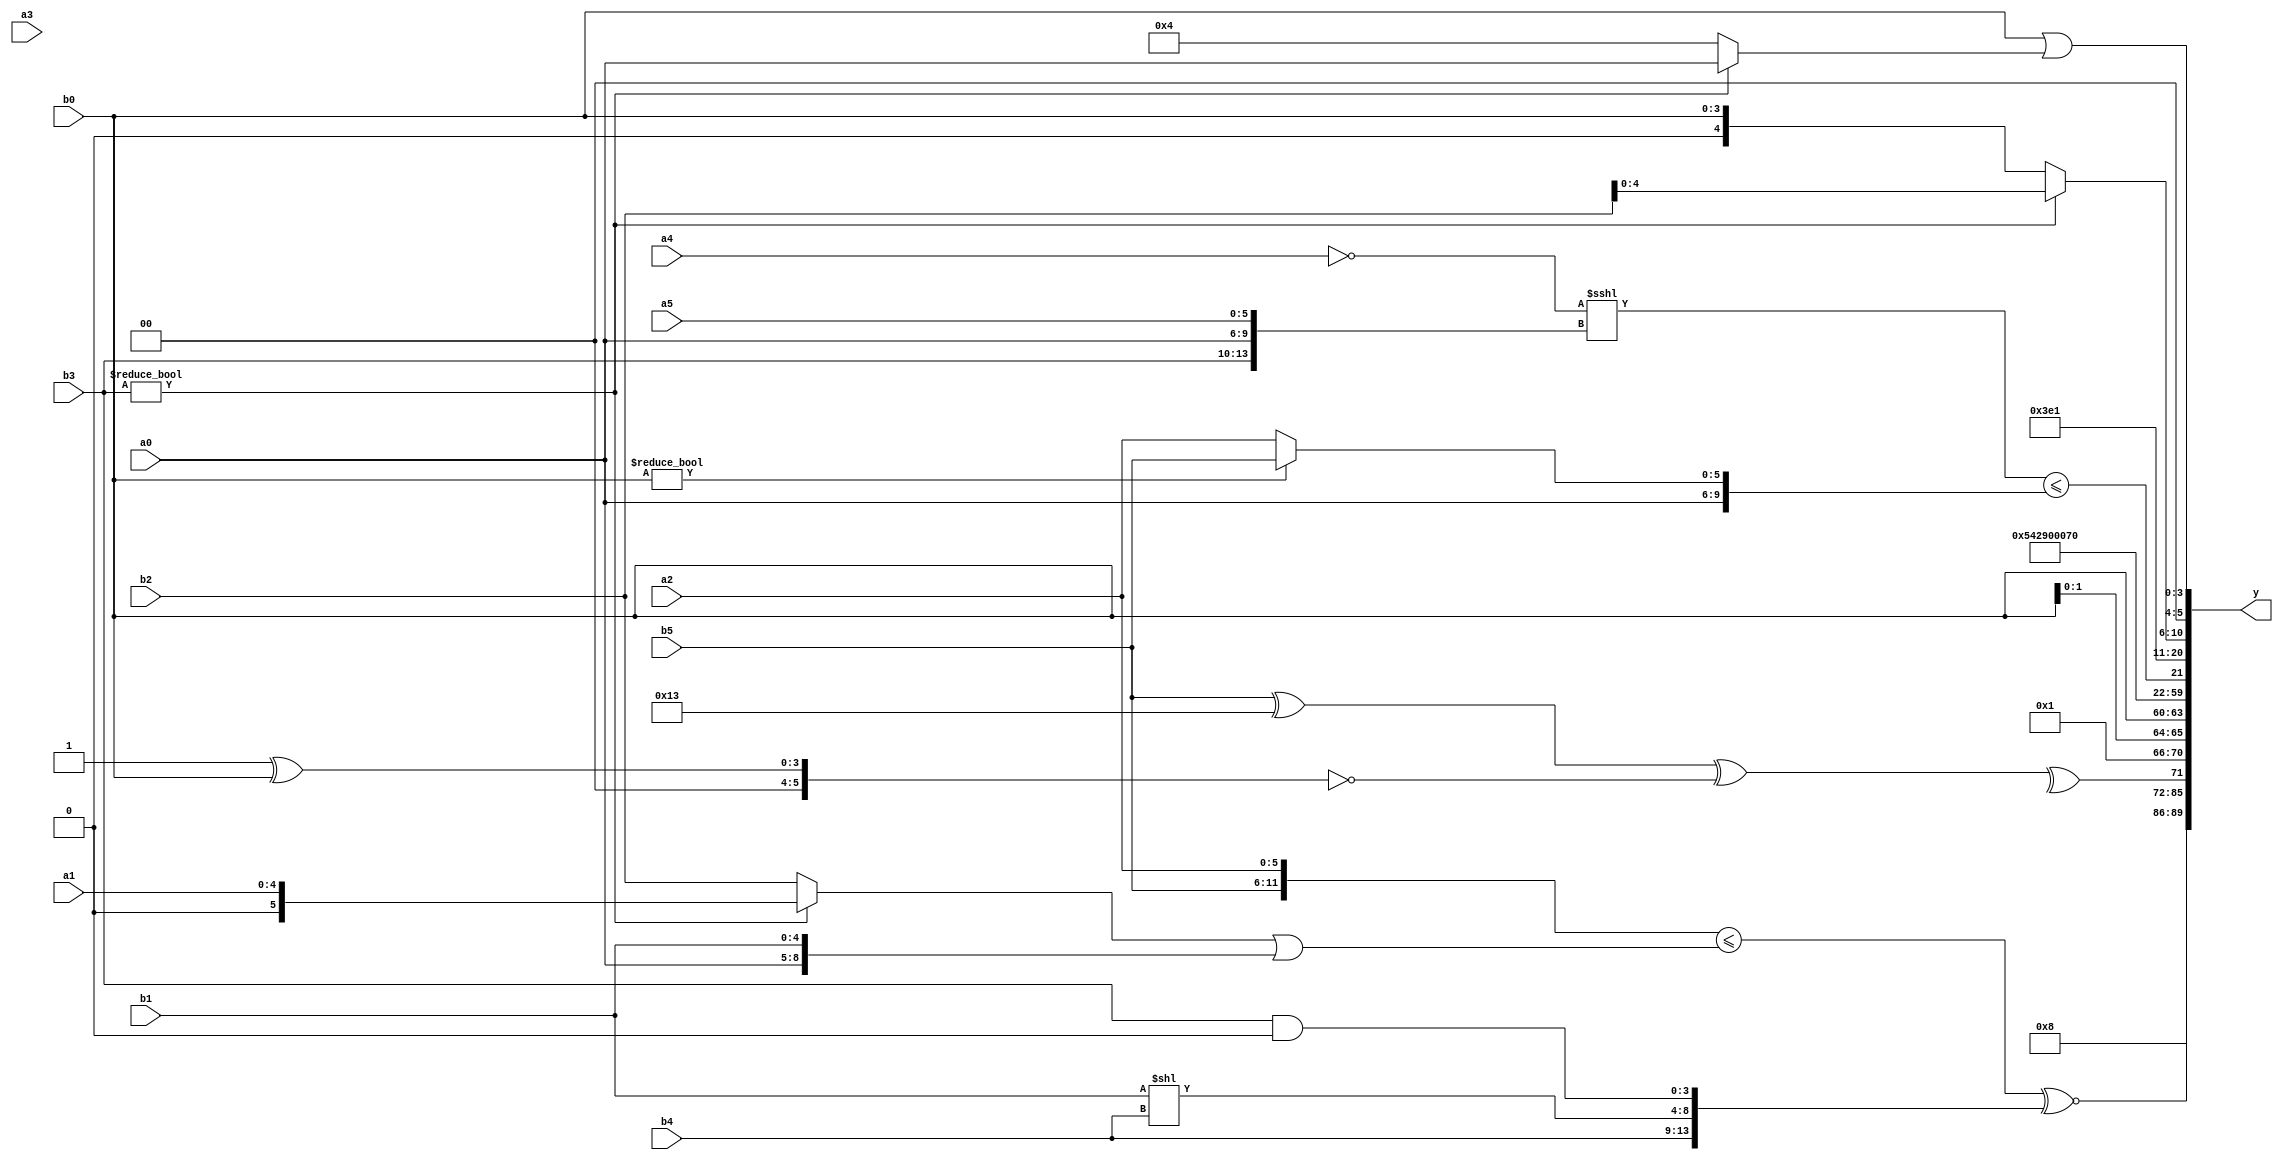
module expression_00608(a0, a1, a2, a3, a4, a5, b0, b1, b2, b3, b4, b5, y);
  input [3:0] a0;
  input [4:0] a1;
  input [5:0] a2;
  input signed [3:0] a3;
  input signed [4:0] a4;
  input signed [5:0] a5;

  input [3:0] b0;
  input [4:0] b1;
  input [5:0] b2;
  input signed [3:0] b3;
  input signed [4:0] b4;
  input signed [5:0] b5;

  wire [3:0] y0;
  wire [4:0] y1;
  wire [5:0] y2;
  wire signed [3:0] y3;
  wire signed [4:0] y4;
  wire signed [5:0] y5;
  wire [3:0] y6;
  wire [4:0] y7;
  wire [5:0] y8;
  wire signed [3:0] y9;
  wire signed [4:0] y10;
  wire signed [5:0] y11;
  wire [3:0] y12;
  wire [4:0] y13;
  wire [5:0] y14;
  wire signed [3:0] y15;
  wire signed [4:0] y16;
  wire signed [5:0] y17;

  output [89:0] y;
  assign y = {y0,y1,y2,y3,y4,y5,y6,y7,y8,y9,y10,y11,y12,y13,y14,y15,y16,y17};

  localparam [3:0] p0 = ((((-4'sd5)?(4'd15):(5'd13))!=={(-3'sd1),(4'sd2)})>=(4'd1));
  localparam [4:0] p1 = (&(~|{(~((5'sd6)>>>(-5'sd3))),(((5'sd12)?(2'sd1):(3'sd3))>=((4'd13)+(4'd10))),{(2'd2),(2'd2),(5'd31)}}));
  localparam [5:0] p2 = (((-5'sd9)+(5'd0))<<<((2'sd1)?(-5'sd8):(5'd26)));
  localparam signed [3:0] p3 = {1{((5'sd13)&((3'd1)&&(4'd7)))}};
  localparam signed [4:0] p4 = (((4'sd4)>=(4'sd2))<(4'd9));
  localparam signed [5:0] p5 = ((~&((3'd0)?(-5'sd10):(4'sd6)))?(|(4'd12)):{1{(~|(4'd3))}});
  localparam [3:0] p6 = {4{{{(2'd2),(3'sd3),(5'sd9)},{1{(2'd3)}}}}};
  localparam [4:0] p7 = ((-2'sd0)?(2'sd0):(5'd17));
  localparam [5:0] p8 = {{1{{3{((-2'sd1)<(3'd6))}}}},{{(4'd0),(2'd1),(3'd5)},(-(4'd6)),(!(4'd9))}};
  localparam signed [3:0] p9 = (-((5'd10)>>>(3'd5)));
  localparam signed [4:0] p10 = (((|(3'sd1))>>>((3'd5)<<<(-4'sd3)))===(5'd2 * ((5'd31)&(5'd10))));
  localparam signed [5:0] p11 = {1{{1{{{{((2'sd0)?(4'd9):(-5'sd7)),{(3'sd2),(3'd3)}}}}}}}};
  localparam [3:0] p12 = ((((2'd0)|(4'd6))==(3'sd2))<=((-5'sd12)===(2'd1)));
  localparam [4:0] p13 = ((^(3'd5))==={1{(3'd2)}});
  localparam [5:0] p14 = ((3'd1)?{(5'd21),(-4'sd7),(5'd30)}:{(4'd4)});
  localparam signed [3:0] p15 = ((((4'sd0)<<<(-4'sd4))^~((2'd3)>=(-5'sd7)))&({2{(4'sd4)}}&(4'd2 * (3'd3))));
  localparam signed [4:0] p16 = ((4'd2 * (5'd22))>={4{(2'sd1)}});
  localparam signed [5:0] p17 = (~^{(~|(~&((2'd0)===(4'd2)))),((-(3'd0))+((-2'sd0)>>>(-3'sd2)))});

  assign y0 = (({{1{b5}},(p12?a2:p14)}<=((b3?a1:b2)||{a0,b1}))^~{(p15?b4:b1),(b1<<b4),(b3&p9)});
  assign y1 = ({(p1!=p12),{p11}}?(&{3{p16}}):($unsigned((p4|p0))));
  assign y2 = (^(3'sd2));
  assign y3 = ((^({1{(b5^p11)}}^(!(p5^b0)))));
  assign y4 = (a0?p4:p12);
  assign y5 = {3{{4{{3{b0}}}}}};
  assign y6 = $unsigned((((p0+p13))));
  assign y7 = (4'd10);
  assign y8 = (3'd5);
  assign y9 = (3'sd2);
  assign y10 = {b1,p2,p9};
  assign y11 = (~|$signed(((|(p13<=p12)))));
  assign y12 = {((a2>>>p6)),(a3^p13),((p6))};
  assign y13 = (|(((!{a4})<<<{b3,a0,a5})<={{(p10?b5:a0)},(b0?b5:a2)}));
  assign y14 = {4{{1{p14}}}};
  assign y15 = (((!p2)&(^p5))|((p5<=p6)&(~p3)));
  assign y16 = (b3?b2:b0);
  assign y17 = ((b4?b0:b0)|(b3?a0:p15));
endmodule